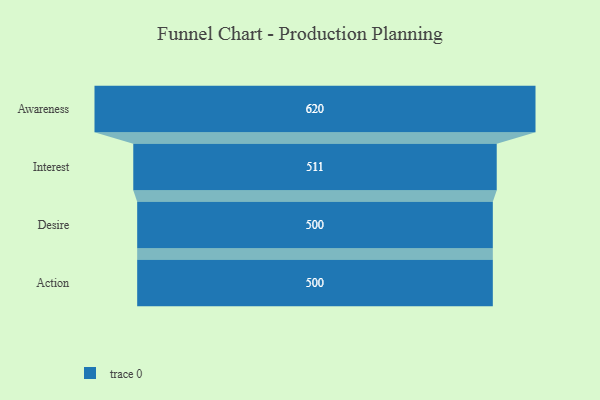
{"axis": {"x": "Stage", "y": "Value"}, "legend": [""], "data": [{"x": "Awareness", "y": 620.0, "type": ""}, {"x": "Interest", "y": 511.0, "type": ""}, {"x": "Desire", "y": 500, "type": ""}, {"x": "Action", "y": 500, "type": ""}]}